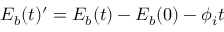
E _ { b } ( t ) ^ { \prime } = E _ { b } ( t ) - E _ { b } ( 0 ) - \phi _ { i } t